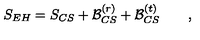
S _ { E H } = S _ { C S } + { \cal B } _ { C S } ^ { ( r ) } + { \cal B } _ { C S } ^ { ( t ) } \qquad ,